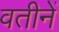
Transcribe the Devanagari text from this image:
वतीनें